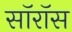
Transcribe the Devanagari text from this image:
सॉरॉस